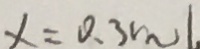
x = 0 . 3 m o l